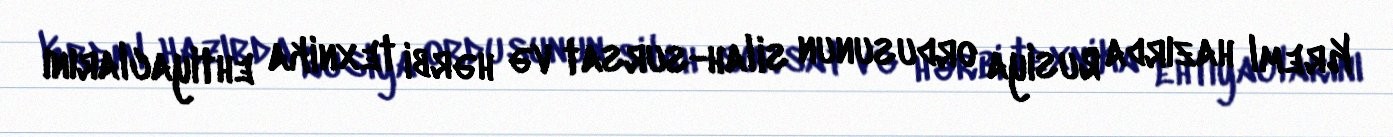
Kreml hazırda Rusiya ordusunun silah-sursat və hərbi texnika ehtiyaclarını